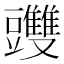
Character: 䝄